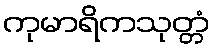
ကုမာရိကသုတ္တံ